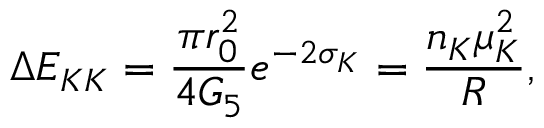
\Delta E _ { K K } = \frac { \pi r _ { 0 } ^ { 2 } } { 4 G _ { 5 } } e ^ { - 2 \sigma _ { K } } = \frac { n _ { K } \mu _ { K } ^ { 2 } } { R } ,